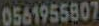
0561955807